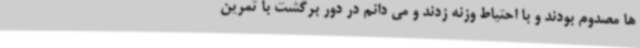
ها مصدوم بودند و با احتیاط وزنه زدند و می دانم در دور برگشت با تمرین